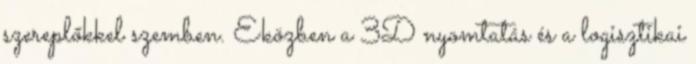
szereplőkkel szemben. Eközben a 3D nyomtatás és a logisztikai